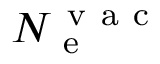
N _ { \mathrm { ~ e ~ } } ^ { \mathrm { ~ v ~ a ~ c ~ } }